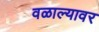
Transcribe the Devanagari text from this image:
वळाल्यावर